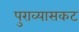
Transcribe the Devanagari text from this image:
पुराव्यासकट